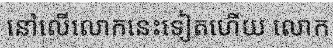
នៅលើលោកនេះទៀតហើយ លោក